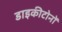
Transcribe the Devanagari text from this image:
डाइकीटोनों